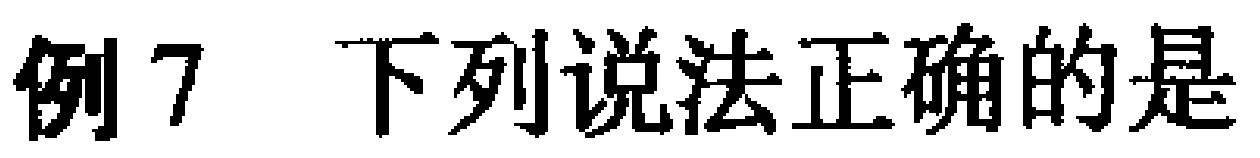
例7 下列说法正确的是